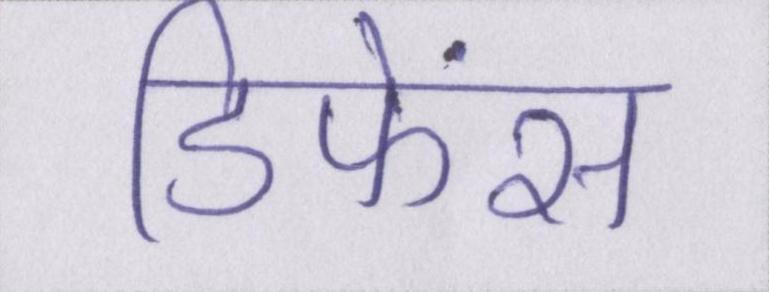
डिफेंस